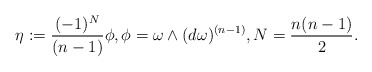
\begin{align*}\eta:=\frac{(-1)^N}{(n-1)}\phi,\phi=\omega\wedge(d\omega)^{(n-1)},N=\frac{n(n-1)}{2}.\end{align*}